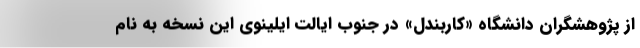
از پژوهشگران دانشگاه «کاربندل» در جنوب ایالت ایلینوی این نسخه به نام